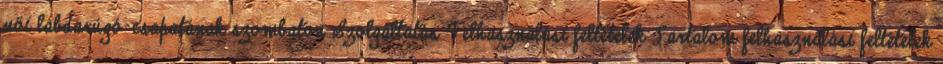
női labdarúgó-csapatának szombaton Szolgáltatás Felhasználási feltételek Tartalom felhasználási feltételek